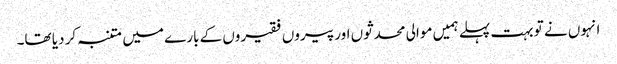
انہوں نے تو بہت پہلے ہمیں موالی محدثوں اور پیروں فقیروں کے بارے میں متنبہ کر دیا تھا۔